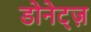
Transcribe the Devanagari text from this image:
डोनेट्ज़